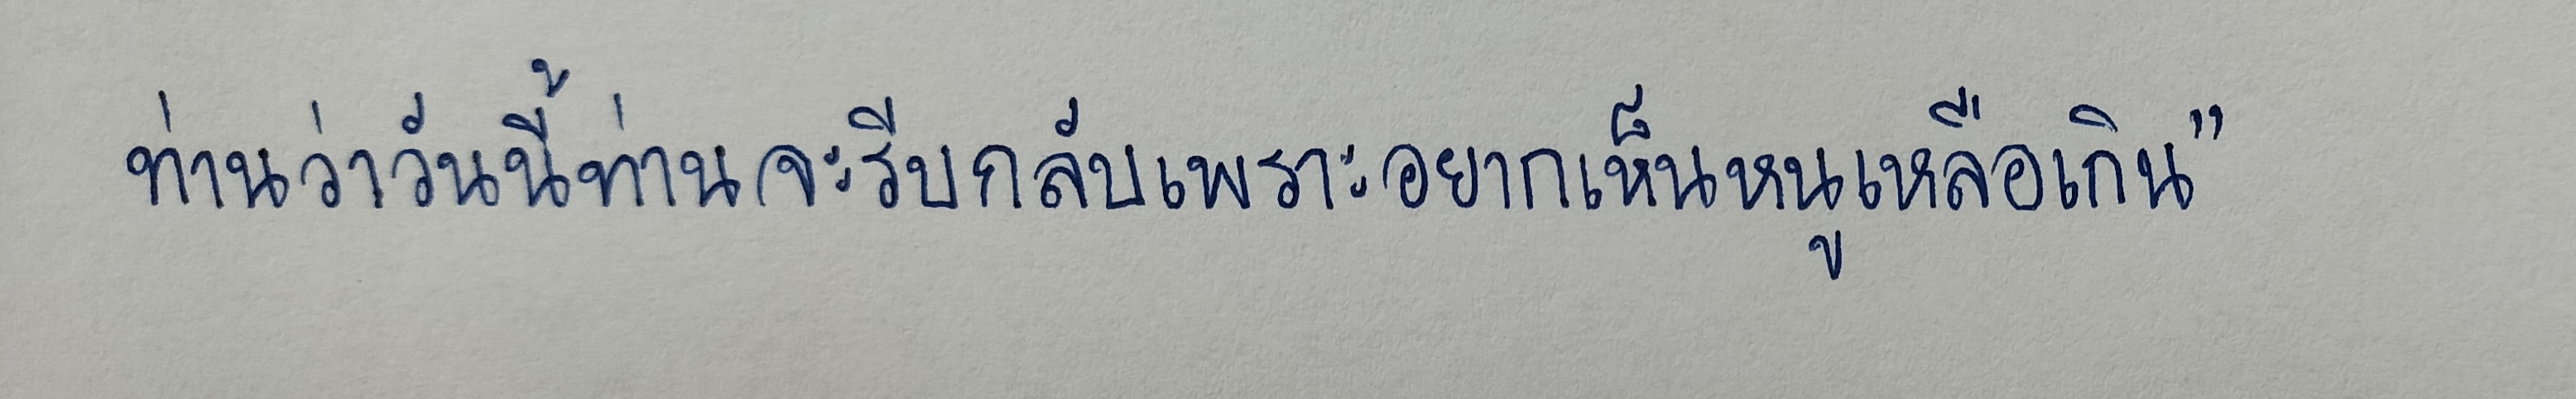
ท่านว่าวันนี้ท่านจะรีบกลับเพราะอยากเห็นหนูเหลือเกิน"